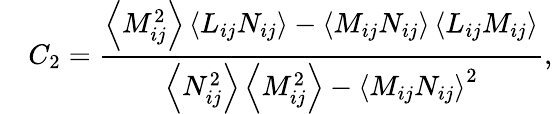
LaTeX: \quad{C_{2}}=\frac{{\left\langle{M_{ij}^{2}}\right\rangle\left\langle{{L}_{ij}{N_{ij}}}\right\rangle-\left\langle{{M_{ij}}{N_{ij}}}\right\rangle\left\langle{{L}_{ij}{M_{ij}}}\right\rangle}}{{\left\langle{N_{ij}^{2}}\right\rangle\left\langle{M_{ij}^{2}}\right\rangle-{{\left\langle{{M_{ij}}{N_{ij}}}\right\rangle}^{2}}}},